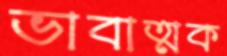
ভাবাত্মক